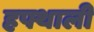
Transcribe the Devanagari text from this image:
हफ्थाली